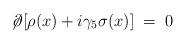
LaTeX: \begin{align*} \not \! \partial [ \rho (x) + i \gamma_5 \sigma (x) ] \;=\; 0 \,\end{align*}